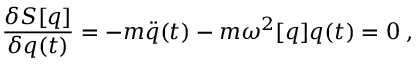
{ \frac { \delta S [ q ] } { \delta q ( t ) } } = - m \ddot { q } ( t ) - m \omega ^ { 2 } [ q ] q ( t ) = 0 \; ,